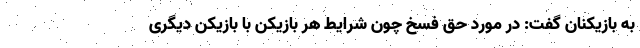
به بازیکنان گفت: در مورد حق فسخ چون شرایط هر بازیکن با بازیکن دیگری